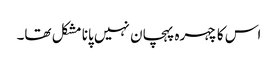
اس کا چہرہ پہچان نہیں پانا مشکل تھا۔